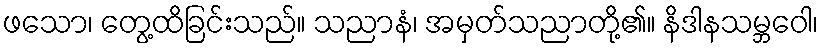
ဖသော၊ တွေ့ထိခြင်းသည်။ သညာနံ၊ အမှတ်သညာတို့၏။ နိဒါနသမ္ဘဝေါ၊